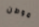
موطن